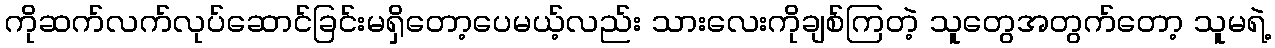
ကိုဆက်လက်လုပ်ဆောင်ခြင်းမရှိတော့ပေမယ့်လည်း သားလေးကိုချစ်ကြတဲ့ သူတွေအတွက်တော့ သူမရဲ့